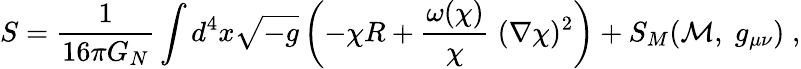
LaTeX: S=\frac{1}{16\pi G_{N}}\int d^{4}x\sqrt{-g}\left(-\chi R+\frac{\omega(\chi)}{\chi}\; (\nabla\chi)^{2}\right)+S_{M}({\cal M},\; g_{\mu\nu})\; ,